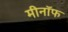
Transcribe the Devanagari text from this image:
मीनॉफ